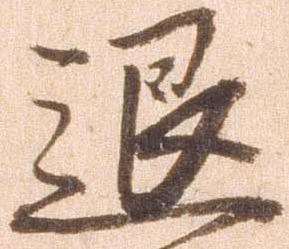
退